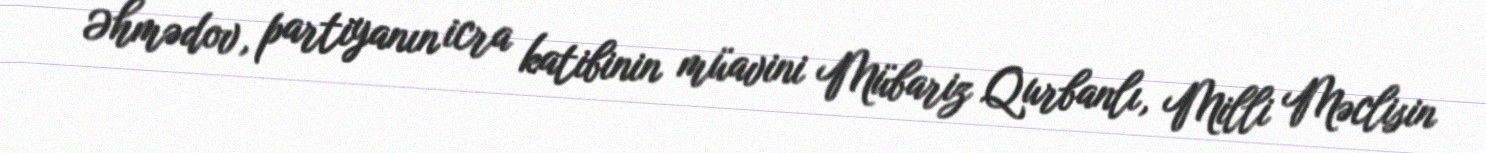
Əhmədov, partiyanın icra katibinin müavini Mübariz Qurbanlı, Milli Məclisin